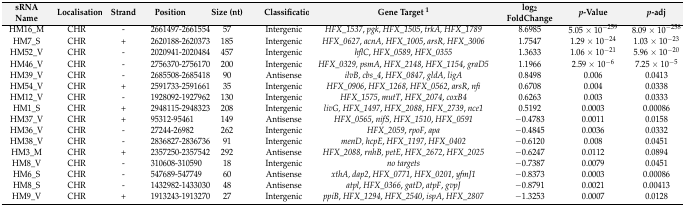
<table><thead><tr><td><b>sRNA Name</b></td><td><b>Localisation</b></td><td><b>Strand</b></td><td><b>Position</b></td><td><b>Size (nt)</b></td><td><b>Classification</b></td><td><b>Gene Target <sup>1</sup></b></td><td><b>log<sub>2</sub> FoldChange</b></td><td><b><i>p</i>-Value</b></td><td><b><i>p</i>-adj</b></td></tr></thead><tbody><tr><td>HM16_M</td><td>CHR</td><td>-</td><td>2661497-2661554</td><td>57</td><td>Intergenic </td><td><i>HFX_1537</i>, <i>pgk, HFX_1505</i>, <i>trkA, HFX_1789</i></td><td>8.6985</td><td>5.05 × 10<sup>−259</sup></td><td>8.09 × 10<sup>−258</sup></td></tr><tr><td>HM7_S</td><td>CHR</td><td>+</td><td>2620188-2620373</td><td>185</td><td>Intergenic </td><td><i>HFX_0627</i>, <i>acnA, HFX_1005</i>, <i>arsR, HFX_3006</i></td><td>1.7547</td><td>1.29 × 10<sup>−24</sup></td><td>1.03 × 10<sup>−23</sup></td></tr><tr><td>HM52_V</td><td>CHR</td><td>-</td><td>2020941-2020484</td><td>457</td><td>Intergenic </td><td><i>hflC</i>, <i>HFX_0589</i>, <i>HFX_0355</i></td><td>1.3633</td><td>1.06 × 10<sup>−21</sup></td><td>5.96 × 10<sup>−20</sup></td></tr><tr><td>HM46_V</td><td>CHR</td><td>-</td><td>2756370-2756170</td><td>200</td><td>Intergenic </td><td><i>HFX_0329, psmA</i>, <i>HFX_2148</i>, <i>HFX_1154</i>, <i>graD5</i></td><td>1.1966</td><td>2.59 × 10<sup>−6</sup></td><td>7.25 × 10<sup>−5</sup></td></tr><tr><td>HM39_V</td><td>CHR</td><td>-</td><td>2685508-2685418</td><td>90</td><td>Antisense </td><td><i>ilvB, cbs_4</i>, <i>HFX_0847</i>, <i>gldA, ligA</i></td><td>0.8498</td><td>0.006</td><td>0.0413</td></tr><tr><td>HM54_V</td><td>CHR</td><td>+</td><td>2591733-2591661</td><td>35</td><td>Intergenic </td><td><i>HFX_0906</i>, <i>HFX_1268</i>, <i>HFX_0562</i>, <i>arsR</i>, <i>nfi</i></td><td>0.6708</td><td>0.004</td><td>0.0338</td></tr><tr><td>HM12_V</td><td>CHR</td><td>-</td><td>1928092-1927962</td><td>130</td><td>Intergenic </td><td><i>HFX_1575</i>, <i>mutT</i>, <i>HFX_2074</i>, <i>coxB4</i></td><td>0.6263</td><td>0.003</td><td>0.0333</td></tr><tr><td>HM1_S</td><td>CHR</td><td>+</td><td>2948115-2948323</td><td>208</td><td>Intergenic</td><td><i>livG, HFX_1497</i>, <i>HFX_2088</i>, <i>HFX_2739</i>, <i>nce1</i></td><td>0.5192</td><td>0.0003</td><td>0.00086</td></tr><tr><td>HM37_V</td><td>CHR</td><td>+</td><td>95312-95461</td><td>149</td><td>Antisense</td><td><i>HFX_0565</i>, <i>nifS, HFX_1510</i>, <i>HFX_0591</i></td><td>−0.4783</td><td>0.0011</td><td>0.0158</td></tr><tr><td>HM36_V</td><td>CHR</td><td>-</td><td>27244-26982</td><td>262</td><td>Intergenic </td><td><i>HFX_2059</i>, <i>rpoF</i>, <i>apa</i></td><td>−0.4845</td><td>0.0036</td><td>0.0332</td></tr><tr><td>HM38_V</td><td>CHR</td><td>-</td><td>2836827-2836736</td><td>91</td><td>Intergenic</td><td><i>menD, hcpE</i>, <i>HFX_1197</i>, <i>HFX_0402</i></td><td>−0.6120</td><td>0.008</td><td>0.0451</td></tr><tr><td>HM3_M</td><td>CHR</td><td>+</td><td>2357250-2357542</td><td>292</td><td>Antisense</td><td><i>HFX_2088</i>, <i>rnhB, petE</i>, <i>HFX_2672</i>, <i>HFX_2025</i></td><td>−0.6247</td><td>0.0112</td><td>0.0894</td></tr><tr><td>HM8_V</td><td>CHR</td><td>-</td><td>310608-310590</td><td>18</td><td>Intergenic </td><td><i>no targets</i></td><td>−0.7387</td><td>0.0079</td><td>0.0451</td></tr><tr><td>HM6_S</td><td>CHR</td><td>-</td><td>547689-547749</td><td>60</td><td>Antisense</td><td><i>xthA, dap2</i>, <i>HFX_0771</i>, <i>HFX_0201</i>, <i>yfmJ1</i></td><td>−0.8373</td><td>0.0003</td><td>0.00086</td></tr><tr><td>HM8_S</td><td>CHR</td><td>-</td><td>1432982-1433030</td><td>48</td><td>Antisense</td><td><i>atpl</i>, <i>HFX_0366</i>, <i>gatD</i>, <i>atpF</i>, <i>gvpJ</i></td><td>−0.8791</td><td>0.0021</td><td>0.00413</td></tr><tr><td>HM9_V</td><td>CHR</td><td>+</td><td>1913243-1913270</td><td>27</td><td>Intergenic</td><td><i>ppiB</i>, <i>HFX_1294</i>, <i>HFX_2540</i>, <i>ispA</i>, <i>HFX_2807</i></td><td>−1.3253</td><td>0.0007</td><td>0.0128</td></tr></tbody></table>